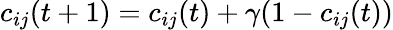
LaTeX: c_{ij}(t+1)=c_{ij}(t)+\gamma(1-c_{ij}(t))